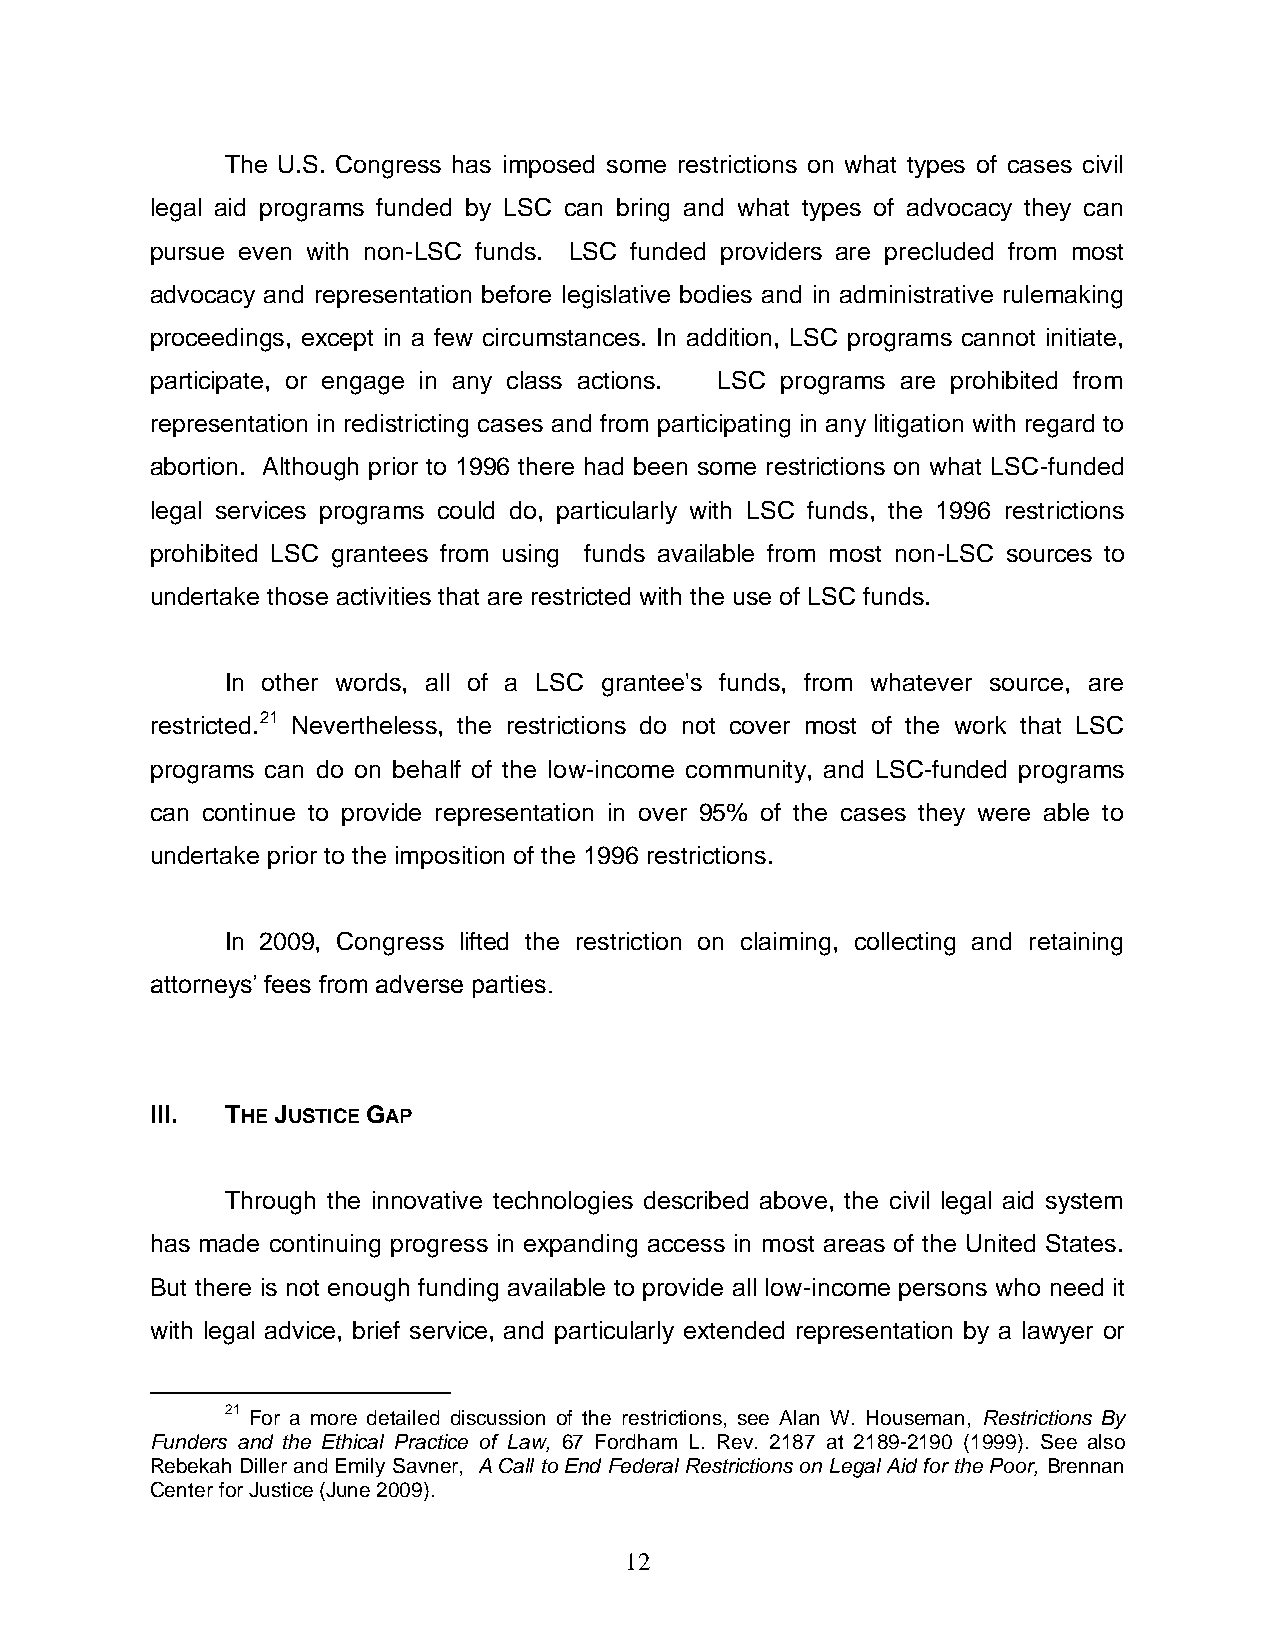
The U.S. Congress has imposed some restrictions on what types of cases civil
 legal aid programs funded by LSC can bring and what types of advocacy they can
 pursue even with non-LSC funds. LSC funded providers are precluded from most
 advocacy and representation before legislative bodies and in administrative rulemaking
 proceedings, except in a few circumstances. In addition, LSC programs cannot initiate,
 participate, or engage in any class actions. LSC programs are prohibited from
 representation in redistricting cases and from participating in any litigation with regard to
 abortion. Although prior to 1996 there had been some restrictions on what LSC-funded
 legal services programs could do, particularly with LSC funds, the 1996 restrictions
 prohibited LSC grantees from using funds available from most non-LSC sources to
 undertake those activities that are restricted with the use of LSC funds.
 In other words, all of a LSC grantee's funds, from whatever source, are
 restricted.21 Nevertheless, the restrictions do not cover most of the work that LSC
 programs can do on behalf of the low-income community, and LSC-funded programs
 can continue to provide representation in over 95% of the cases they were able to
 undertake prior to the imposition of the 1996 restrictions.
 In 2009, Congress lifted the restriction on claiming, collecting and retaining
 attorneys’ fees from adverse parties.
 III. THE JUSTICE GAP
 Through the innovative technologies described above, the civil legal aid system
 has made continuing progress in expanding access in most areas of the United States.
 But there is not enough funding available to provide all low-income persons who need it
 with legal advice, brief service, and particularly extended representation by a lawyer or
 21 For a more detailed discussion of the restrictions, see Alan W. Houseman, Restrictions By
 Funders and the Ethical Practice of Law, 67 Fordham L. Rev. 2187 at 2189-2190 (1999). See also
 Rebekah Diller and Emily Savner, A Call to End Federal Restrictions on Legal Aid for the Poor, Brennan
 Center for Justice (June 2009).
 12